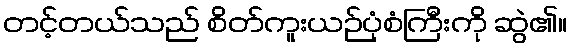
တင့်တယ်သည် စိတ်ကူးယဉ်ပုံစံကြီးကို ဆွဲ၏။